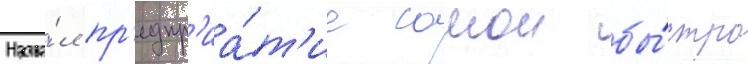
Назва́л пр'едпр'иа́т'ие самои бы́стро